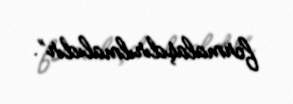
formalaşdırılmalıdır”.